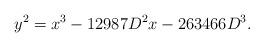
LaTeX: \begin{align*}y^2 = x^3 - 12987D^2x - 263466D^3.\end{align*}